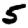
Digit: 5